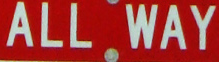
ALL WAY